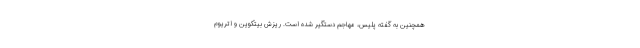
همچنین به گفته پلیس، مهاجم دستگیر شده است. ریزش بیتکوین و اتریوم